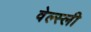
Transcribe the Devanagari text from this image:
वेल्स्ली